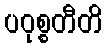
ပဝုစ္စတီတိ